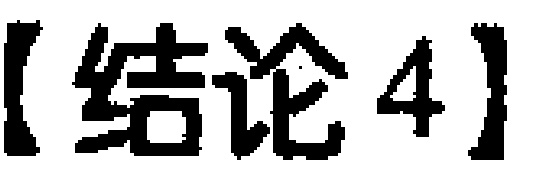
【结论 4】